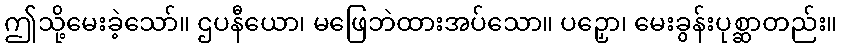
ဤသို့မေးခဲ့သော်။ ဌပနီယော၊ မဖြေဘဲထားအပ်သော။ ပဉှော၊ မေးခွန်းပုစ္ဆာတည်း။